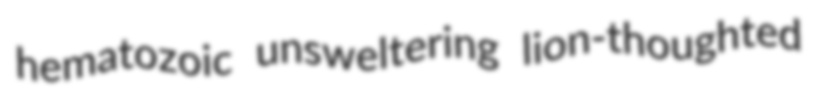
hematozoic unsweltering lion-thoughted